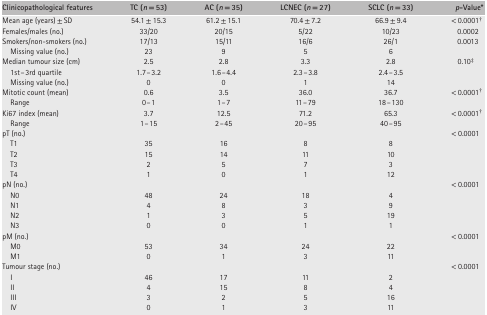
<table><thead><tr><td><b>Clinicopathological features</b></td><td><b>TC (n = 53)</b></td><td><b>AC (n = 35)</b></td><td><b>LCNEC (n = 27)</b></td><td><b>SCLC (n = 33)</b></td><td><b>p‐Value*</b></td></tr></thead><tbody><tr><td>Mean age (years) ± SD</td><td>54.1 ± 15.3</td><td>61.2 ± 15.1</td><td>70.4 ± 7.2</td><td>66.9 ± 9.4</td><td>&lt; 0.0001† </td></tr><tr><td>Females/males (no.)</td><td>33/20</td><td>20/15</td><td>5/22</td><td>10/23</td><td>0.0002</td></tr><tr><td>Smokers/non‐smokers (no.)</td><td>17/13</td><td>15/11</td><td>16/6</td><td>26/1</td><td>0.0013</td></tr><tr><td>Missing value (no.)</td><td>23</td><td>9</td><td>5</td><td>6</td><td></td></tr><tr><td>Median tumour size (cm)</td><td>2.5</td><td>2.8</td><td>3.3</td><td>2.8</td><td>0.10‡</td></tr><tr><td>1st–3rd quartile</td><td>1.7–3.2</td><td>1.6–4.4</td><td>2.3–3.8</td><td>2.4–3.5</td><td></td></tr><tr><td>Missing value (no.)</td><td>0</td><td>0</td><td>1</td><td>14</td><td></td></tr><tr><td>Mitotic count (mean)</td><td>0.6</td><td>3.5</td><td>36.0</td><td>36.7</td><td>&lt; 0.0001† </td></tr><tr><td>Range</td><td>0–1</td><td>1–7</td><td>11–79</td><td>18–130</td><td></td></tr><tr><td>Ki67 index (mean)</td><td>3.7</td><td>12.5</td><td>71.2</td><td>65.3</td><td>&lt; 0.0001† </td></tr><tr><td>Range</td><td>1–15</td><td>2–45</td><td>20–95</td><td>40–95</td><td></td></tr><tr><td>pT (no.)</td><td></td><td></td><td></td><td></td><td>&lt; 0.0001</td></tr><tr><td>T1</td><td>35</td><td>16</td><td>8</td><td>8</td><td></td></tr><tr><td>T2</td><td>15</td><td>14</td><td>11</td><td>10</td><td></td></tr><tr><td>T3</td><td>2</td><td>5</td><td>7</td><td>3</td><td></td></tr><tr><td>T4</td><td>1</td><td>0</td><td>1</td><td>12</td><td></td></tr><tr><td>pN (no.)</td><td></td><td></td><td></td><td></td><td>&lt; 0.0001</td></tr><tr><td>N0</td><td>48</td><td>24</td><td>18</td><td>4</td><td></td></tr><tr><td>N1</td><td>4</td><td>8</td><td>3</td><td>9</td><td></td></tr><tr><td>N2</td><td>1</td><td>3</td><td>5</td><td>19</td><td></td></tr><tr><td>N3</td><td>0</td><td>0</td><td>1</td><td>1</td><td></td></tr><tr><td>pM (no.)</td><td></td><td></td><td></td><td></td><td>&lt; 0.0001</td></tr><tr><td>M0</td><td>53</td><td>34</td><td>24</td><td>22</td><td></td></tr><tr><td>M1</td><td>0</td><td>1</td><td>3</td><td>11</td><td></td></tr><tr><td>Tumour stage (no.)</td><td></td><td></td><td></td><td></td><td>&lt; 0.0001</td></tr><tr><td>I</td><td>46</td><td>17</td><td>11</td><td>2</td><td></td></tr><tr><td>II</td><td>4</td><td>15</td><td>8</td><td>4</td><td></td></tr><tr><td>III</td><td>3</td><td>2</td><td>5</td><td>16</td><td></td></tr><tr><td>IV</td><td>0</td><td>1</td><td>3</td><td>11</td><td></td></tr></tbody></table>